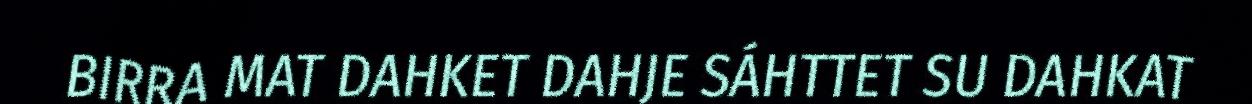
BIRRA MAT DAHKET DAHJE SÁHTTET SU DAHKAT